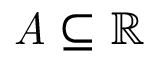
{ \mathit { A } } \subseteq \mathbb { R }